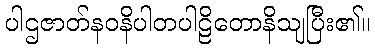
ပါဌဇာတ်နဝနိပါတပါဠိတောနိသျပြီး၏။